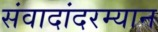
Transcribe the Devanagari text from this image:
संवादांदरम्यान